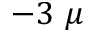
- 3 ~ \mu